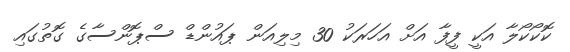
ކޮކޯކޯލާ އަކީ ފީފާ އަށް އަހަރަކު 30 މިލިއަން ޕައުންޑް ސްޕޮންސާގެ ގޮތުގައި